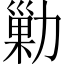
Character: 勦